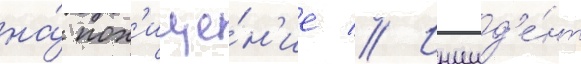
на́ пох'ище́н'ие // Инцид'е́нт